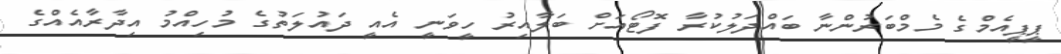
ޕީޕީއެމްގެ މެމްބަރުންނާ ބައްދަލުކުރާ ފޮޓޯއަށް ބަލާއިރު ހީވަނީ އެއީ ދައުލަތުގެ މުހިއްމު އިދާރާއެއްގެ